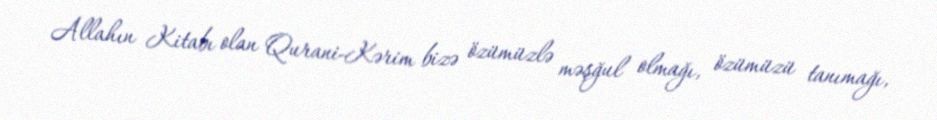
Allahın Kitabı olan Qurani-Kərim bizə özümüzlə məşğul olmağı, özümüzü tanımağı,